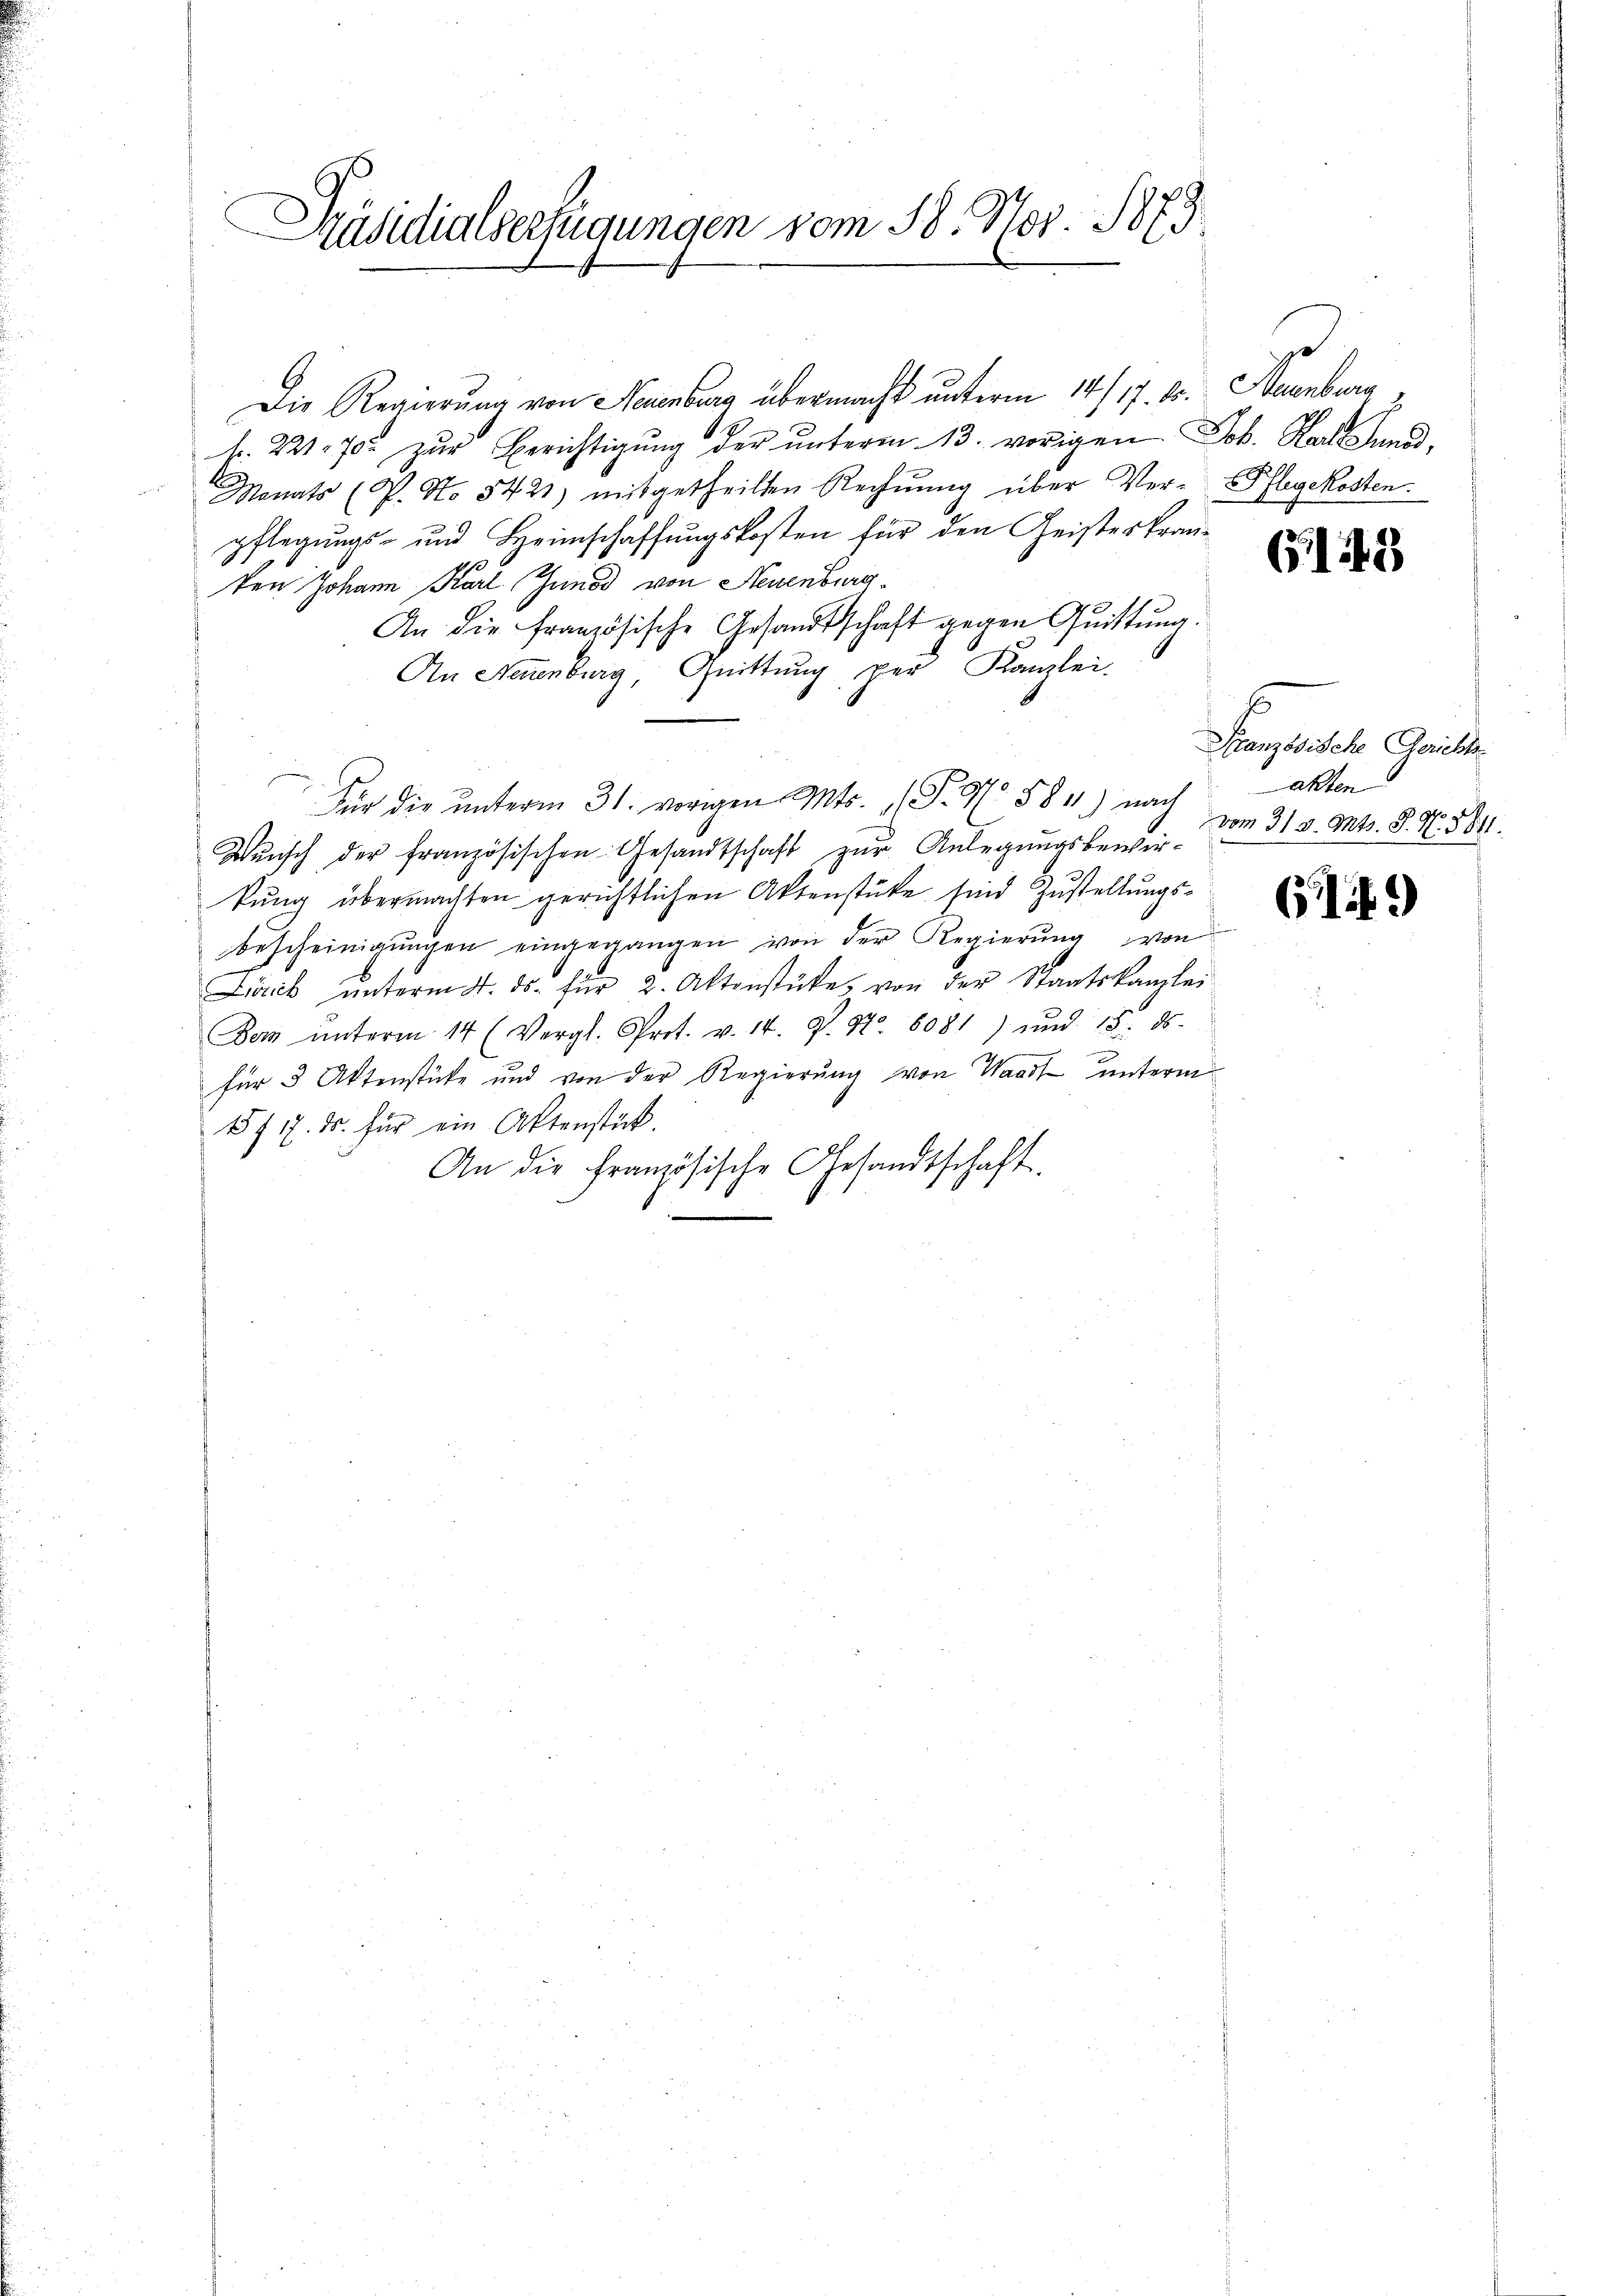
Präsidialserfügungen vom 18. Nov. 1873.

Die Regierung von Neuenburg übermacht unterm 14/17. ds. Neuenburg,
l. 221. 70. zŭr Berichtigung der ŭnterm 13. vorigen Joh. Hat Jund,
Monats (P. No 5421) mitgetheilten Rechnung über Ver- Pflegekosten.
pflegungs- und Heimschaffungskosten für den Geisteskranten Johann Karl Gundd von Neuenburg
An die französische Gesandtschaft gegen Quittung.
An Neuenburg, Quittung per Kanzlei
Für die unterm 31. vorigen Mts. P. Nr. 581) nach
Wunsch der französischen Gesandtschaft zur Anlegungsbewirkung übermachten gerichtlichen Aktenstücke sind Zustellungsbescheinigŭngen eingegangen von der Regierŭng von
Lirck ŭnterm 4. ds. für 2. Aktenstüke von der Staatskanzlei
Den ŭnterm 14 (Vergl. Prot. v. 14. P. Nr. 8081) und 15. ds.
für 3 Aktenstücke und von der Regierŭng von Waadt unterm
17 17. ds. für ein Aktenstück.
An die französische Gesandtschaft.

po

G148

Französische Gericht.
akten
f
vom 31. v. Mts. S. N. 5811.

G149)